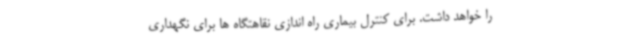
را خواهد داشت. برای کنترل بیماری راه اندازی نقاهتگاه ها برای نگهداری